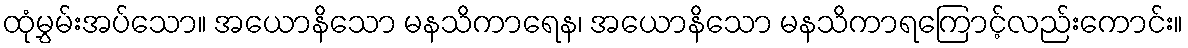
ထုံမွှမ်းအပ်သော။ အယောနိသော မနသိကာရေန၊ အယောနိသော မနသိကာရကြောင့်လည်းကောင်း။